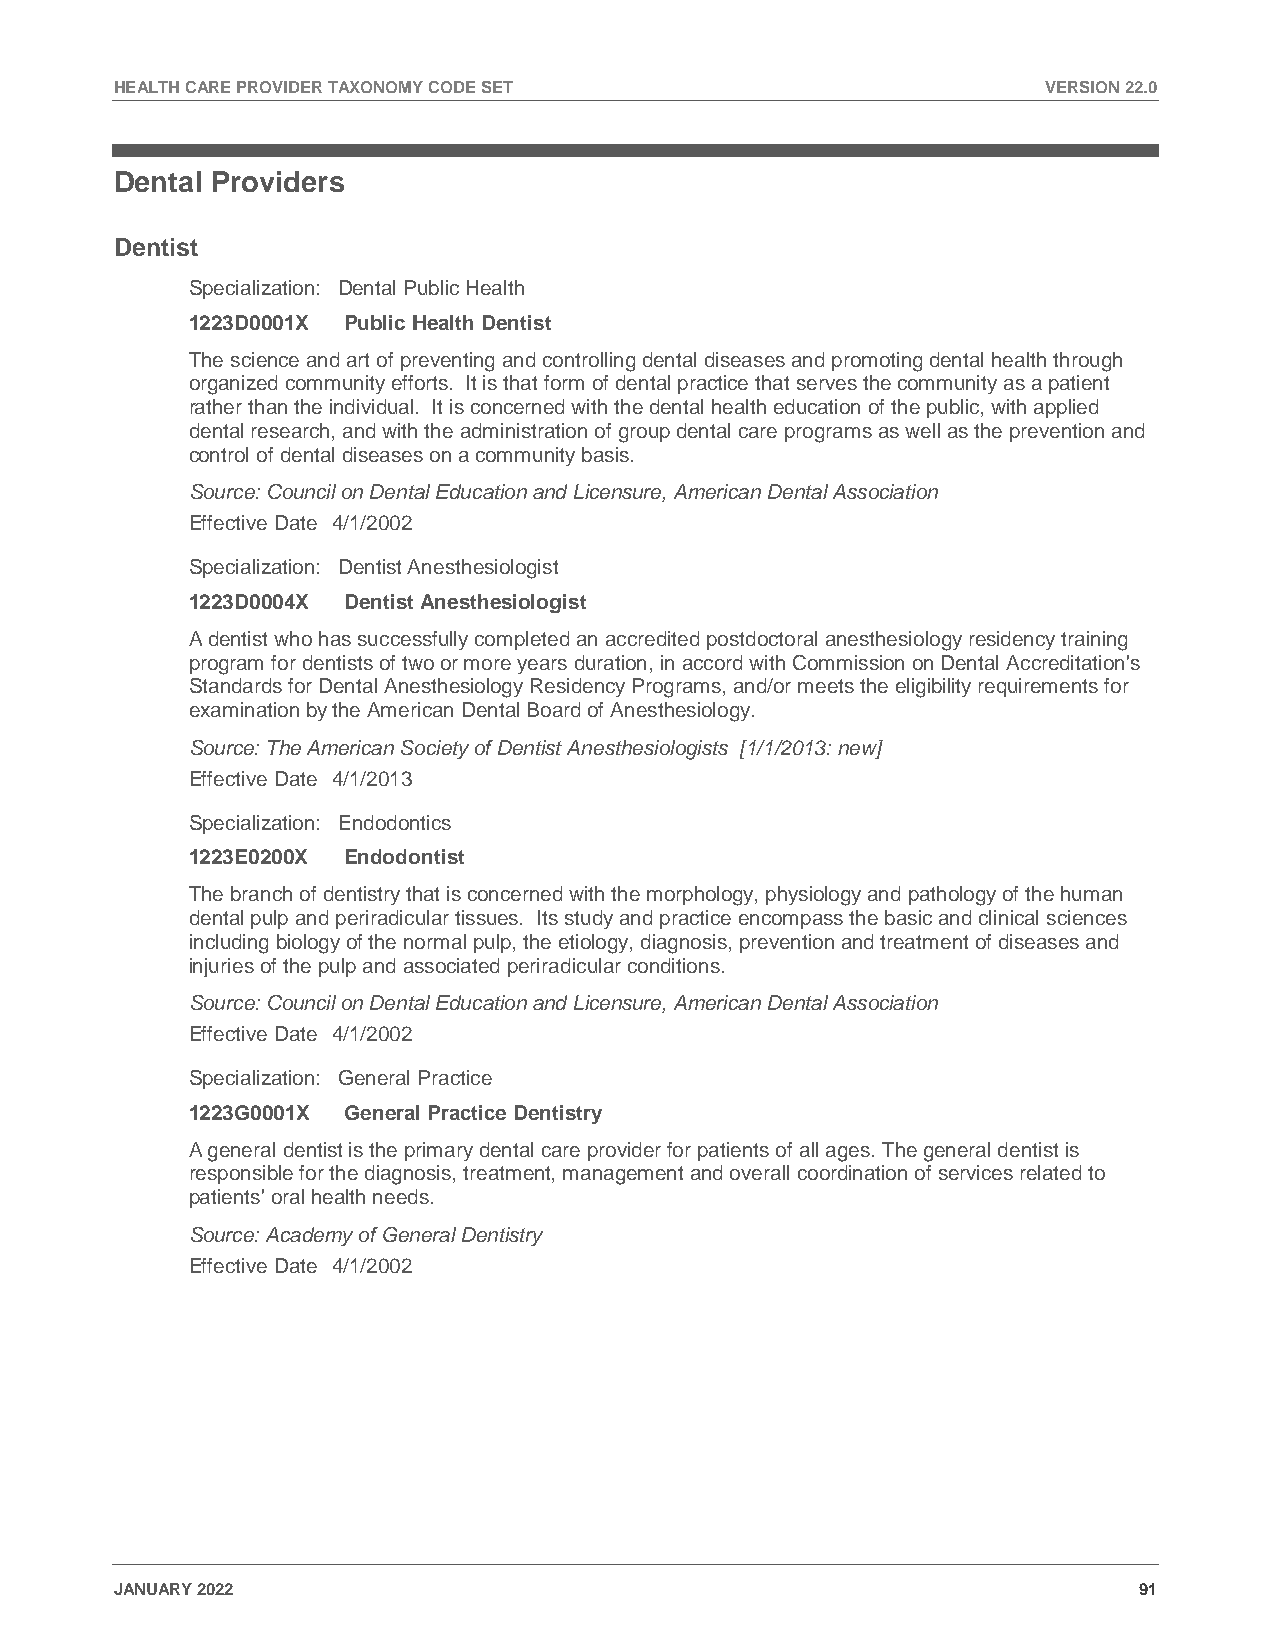
HEALTH CARE PROVIDER TAXONOMY CODE SET                       VERSION 22.0
 Dental Providers
 Dentist
 Specialization: Dental Public Health
 1223D0001X Public Health Dentist
 The science and art of preventing and controlling dental diseases and promoting dental health through
 organized community efforts. It is that form of dental practice that serves the community as a patient
 rather than the individual. It is concerned with the dental health education of the public, with applied
 dental research, and with the administration of group dental care programs as well as the prevention and
 control of dental diseases on a community basis.
 Source: Council on Dental Education and Licensure, American Dental Association
 Effective Date 4/1/2002
 Specialization: Dentist Anesthesiologist
 1223D0004X Dentist Anesthesiologist
 A dentist who has successfully completed an accredited postdoctoral anesthesiology residency training
 program for dentists of two or more years duration, in accord with Commission on Dental Accreditation's
 Standards for Dental Anesthesiology Residency Programs, and/or meets the eligibility requirements for
 examination by the American Dental Board of Anesthesiology.
 Source: The American Society of Dentist Anesthesiologists [1/1/2013: new]
 Effective Date 4/1/2013
 Specialization: Endodontics
 1223E0200X Endodontist
 The branch of dentistry that is concerned with the morphology, physiology and pathology of the human
 dental pulp and periradicular tissues. Its study and practice encompass the basic and clinical sciences
 including biology of the normal pulp, the etiology, diagnosis, prevention and treatment of diseases and
 injuries of the pulp and associated periradicular conditions.
 Source: Council on Dental Education and Licensure, American Dental Association
 Effective Date 4/1/2002
 Specialization: General Practice
 1223G0001X General Practice Dentistry
 A general dentist is the primary dental care provider for patients of all ages. The general dentist is
 responsible for the diagnosis, treatment, management and overall coordination of services related to
 patients' oral health needs.
 Source: Academy of General Dentistry
 Effective Date 4/1/2002
 JANUARY 2022                                                       91